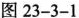
图23-3-1